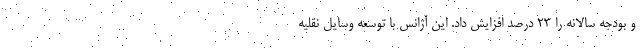
و بودجه سالانه را ۲۳ درصد افزایش داد. این آژانس با توسعه وسایل نقلیه